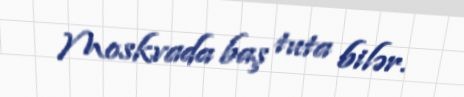
Moskvada baş tuta bilər.